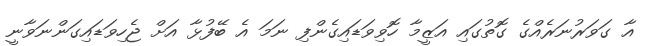
އާ ގަވަރުނަރެއްގެ ގޮތުގައި އަޒީމާ ހޮވިވަޑައިގެންފި ނަމަ އެ ބޭފުޅާ އަށް ޖެހިވަޑައިގަންނަވާނީ